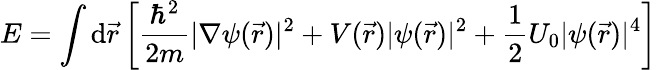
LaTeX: E=\int\mathrm{d}{\vec{{r}}}\left[{\frac{{\hbar^{2}}}{{2m}}}|\nabla\psi({\vec{{r}}})|^{2}+V({\vec{{r}}})|\psi({\vec{{r}}})|^{2}+{\frac{{1}}{{2}}}U_{0}|\psi({\vec{{r}}})|^{4}\right]